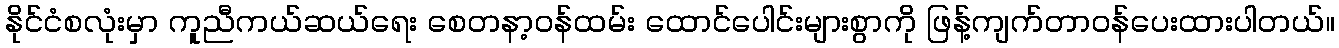
နိုင်ငံစလုံးမှာ ကူညီကယ်ဆယ်ရေး စေတနာ့ဝန်ထမ်း ထောင်ပေါင်းများစွာကို ဖြန့်ကျက်တာဝန်ပေးထားပါတယ်။